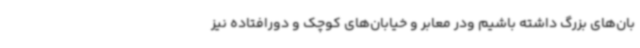
بان‌های بزرگ داشته باشیم ودر معابر و خیابان‌های کوچک و دورافتاده نیز